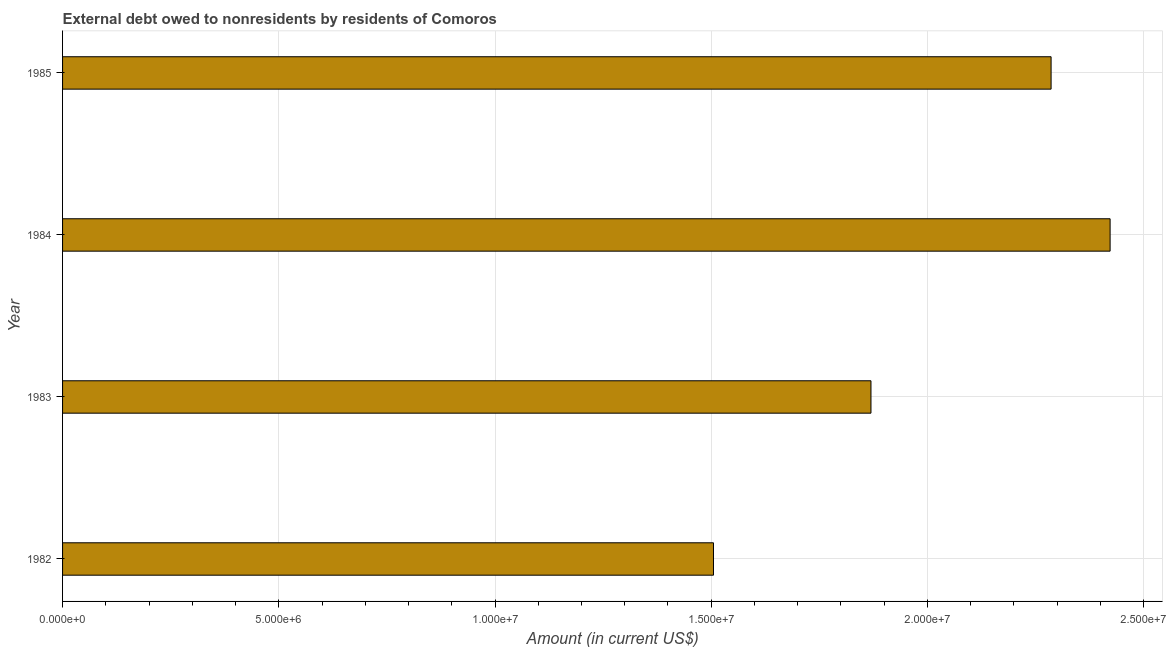
| Year | Debt |
 | --- | --- |
 | 1982 | 1.51e+07 |
 | 1983 | 1.87e+07 |
 | 1984 | 2.42e+07 |
 | 1985 | 2.29e+07 |